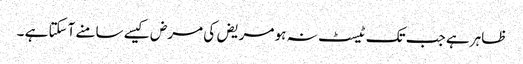
ظاہر ہے جب تک ٹیسٹ نہ ہو مریض کی مرض کیسے سامنے آسکتا ہے ۔